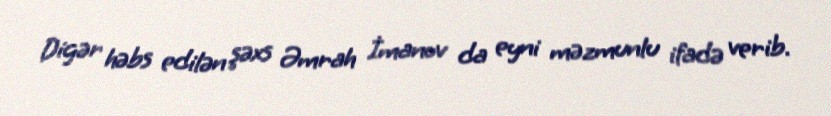
Digər həbs edilən şəxs Əmrah İmanov da eyni məzmunlu ifadə verib.